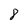
Character: 8